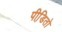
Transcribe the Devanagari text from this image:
पीडि़तो